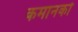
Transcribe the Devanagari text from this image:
कमानको